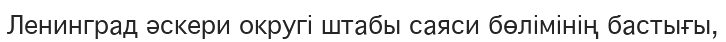
Ленинград әскери округі штабы саяси бөлімінің бастығы,